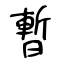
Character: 暫